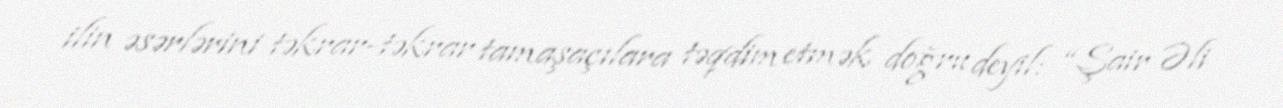
ilin əsərlərini təkrar-təkrar tamaşaçılara təqdim etmək doğru deyil: “Şair Əli